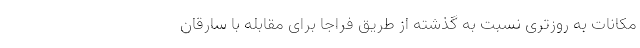
مکانات به روزتری نسبت به گذشته از طریق فراجا برای مقابله با سارقان